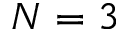
N = 3